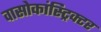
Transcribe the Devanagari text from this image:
वासोकांस्ट्रिक्टर